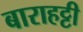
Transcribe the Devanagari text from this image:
बाराहट्टी